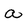
Character: a